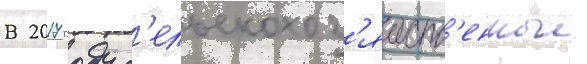
В 2017 году с'ельскохоз'яиств'енные